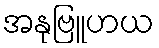
အနုဗြူဟယ